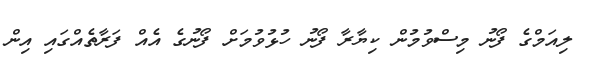
ލިއަމްގެ ފޯނު މިސްވުމުން ކިޔާރާ ފޯނު ހުޅުވުމަށް ފޯނުގެ އެއް ފަރާތެއްގައި އިން